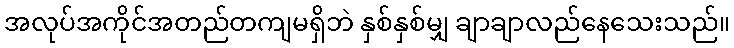
အလုပ်အကိုင်အတည်တကျမရှိဘဲ နှစ်နှစ်မျှ ချာချာလည်နေသေးသည်။